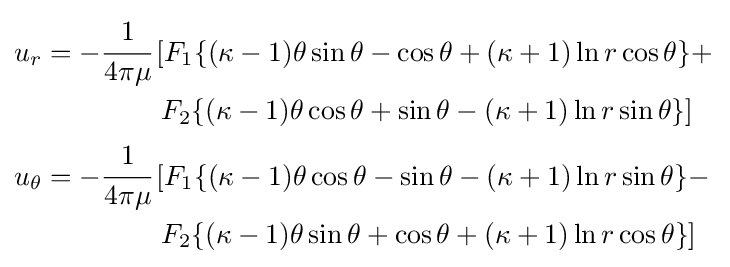
{\begin{aligned}u_{r}&=-{\cfrac {1}{4\pi \mu }}\left[F_{1}\{(\kappa -1)\theta \sin \theta -\cos \theta +(\kappa +1)\ln r\cos \theta \}+\right.\\&\qquad \qquad \left.F_{2}\{(\kappa -1)\theta \cos \theta +\sin \theta -(\kappa +1)\ln r\sin \theta \}\right]\\u_{\theta }&=-{\cfrac {1}{4\pi \mu }}\left[F_{1}\{(\kappa -1)\theta \cos \theta -\sin \theta -(\kappa +1)\ln r\sin \theta \}-\right.\\&\qquad \qquad \left.F_{2}\{(\kappa -1)\theta \sin \theta +\cos \theta +(\kappa +1)\ln r\cos \theta \}\right]\end{aligned}}